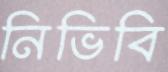
নিভিবি